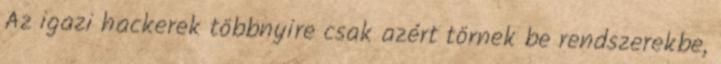
Az igazi hackerek többnyire csak azért törnek be rendszerekbe,